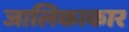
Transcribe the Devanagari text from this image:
जालिकाकार